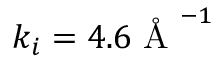
k _ { i } = 4 . 6 \mathrm { ~ \AA ~ } ^ { - 1 }